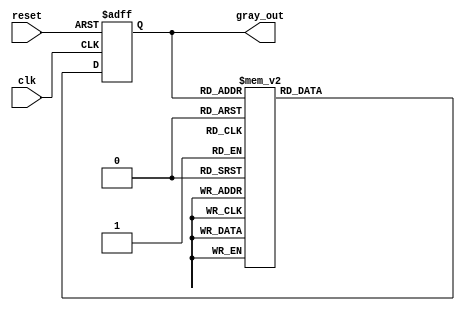
module gray_counter (
    input wire clk,
    input wire reset,
    output reg [3:0] gray_out
);

reg [3:0] current_state, next_state;

always @ (posedge clk or posedge reset) begin
    if (reset) begin
        current_state <= 4'b0000;
    end else begin
        current_state <= next_state;
    end
end

always @ (*) begin
    case(current_state)
        4'b0000: next_state = 4'b0001;
        4'b0001: next_state = 4'b0011;
        4'b0011: next_state = 4'b0010;
        4'b0010: next_state = 4'b0110;
        4'b0110: next_state = 4'b0111;
        4'b0111: next_state = 4'b0101;
        4'b0101: next_state = 4'b0100;
        4'b0100: next_state = 4'b1100;
        4'b1100: next_state = 4'b1101;
        4'b1101: next_state = 4'b1111;
        4'b1111: next_state = 4'b1110;
        default: next_state = 4'b0000;
    endcase
end

assign gray_out = current_state;

endmodule